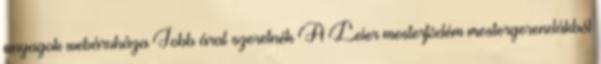
anyagok webáruháza Jobb árat szeretnék A Leier mesterfödém mestergerendákból